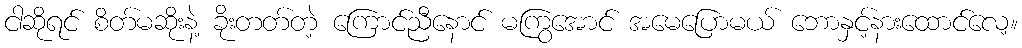
ငါဆိုရင် စိတ်မဆိုးနဲ့ ခိုးတတ်တဲ့ ကြောင်ညီနောင် မကြွအောင် အမေပြောမယ် ဘောနှင့်နားထောင်လေ့။